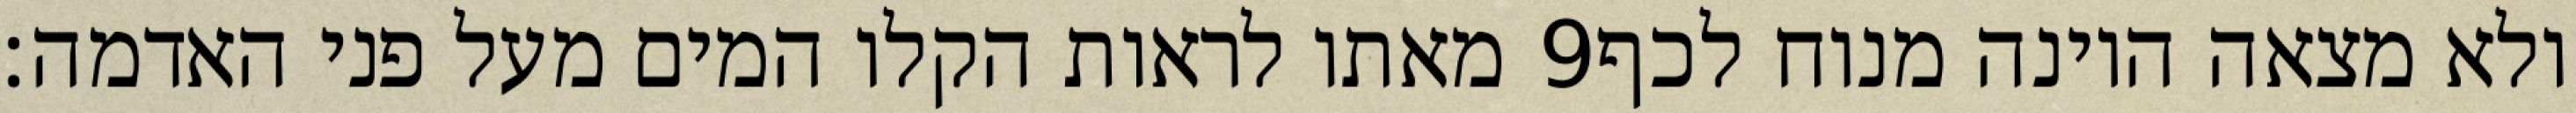
מאתו לראות הקלו המים מעל פני האדמה׃ ‎9‏ ולא מצאה היונה מנוח לכף